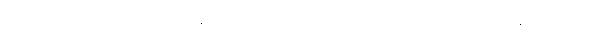
ကြည့်ရတာကတော့ နဂိုကတည်းက အစီအစဉ်ရှိပြီးသားနဲ့ တူပါရဲ့။